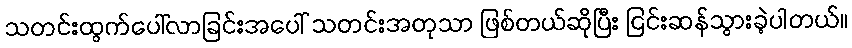
သတင်းထွက်ပေါ်လာခြင်းအပေါ် သတင်းအတုသာ ဖြစ်တယ်ဆိုပြီး ငြင်းဆန်သွားခဲ့ပါတယ်။